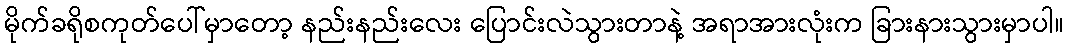
မိုက်ခရိုစကုတ်ပေါ်မှာတော့ နည်းနည်းလေး ပြောင်းလဲသွားတာနဲ့ အရာအားလုံးက ခြားနားသွားမှာပါ။